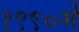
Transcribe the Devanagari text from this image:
१९९०में